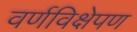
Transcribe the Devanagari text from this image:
वर्णविक्षेपण